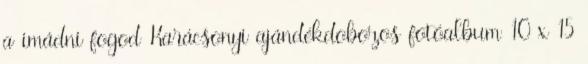
a imádni fogod Karácsonyi ajándékdobozos fotóalbum 10 x 15